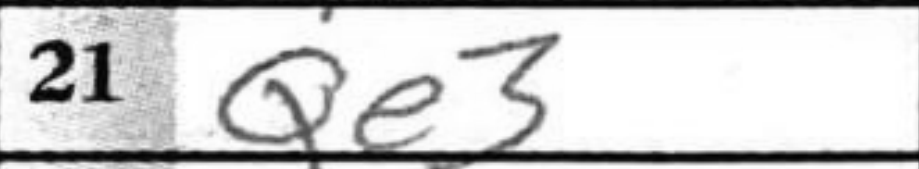
Transcription: Qe3